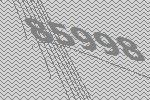
85998